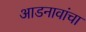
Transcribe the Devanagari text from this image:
आडनावांचा